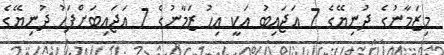
މިޒަމާނުގެ ދުނިޔޭގެ 7 އަޖައިބު އަކީ އިހު ޒަމާނުގެ 7 އަޖައިބަށްފަހު ދުނިޔޭގެ